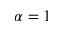
\alpha = 1